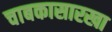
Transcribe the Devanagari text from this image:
चाबकासारखा